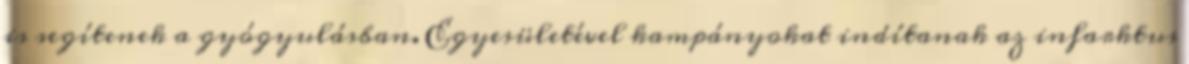
is segítenek a gyógyulásban. Egyesületével kampányokat indítanak az infarktus